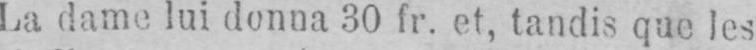
La dame lui donna 30 fr. et, tandis que les